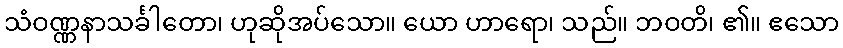
သံဝဏ္ဏနာသင်္ခါတော၊ ဟုဆိုအပ်သော။ ယော ဟာရော၊ သည်။ ဘဝတိ၊ ၏။ ဧသော